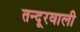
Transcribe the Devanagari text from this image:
तन्दूरवाली